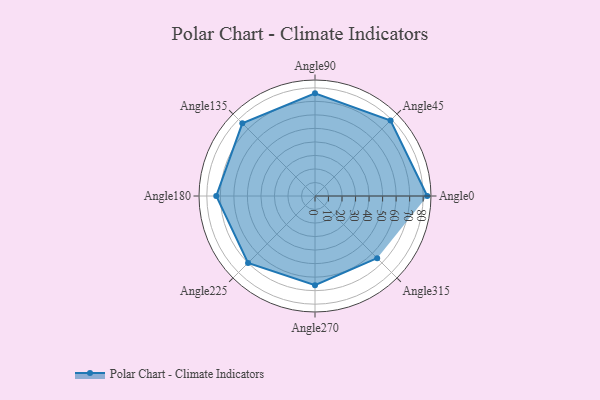
{"axis": {"x": "Angle", "y": "Radius"}, "legend": [""], "data": [{"x": "Angle0", "y": 83.0, "type": ""}, {"x": "Angle45", "y": 79.0, "type": ""}, {"x": "Angle90", "y": 76.0, "type": ""}, {"x": "Angle135", "y": 76.0, "type": ""}, {"x": "Angle180", "y": 73.0, "type": ""}, {"x": "Angle225", "y": 70.0, "type": ""}, {"x": "Angle270", "y": 66.0, "type": ""}, {"x": "Angle315", "y": 65.0, "type": ""}]}